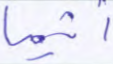
أثيما